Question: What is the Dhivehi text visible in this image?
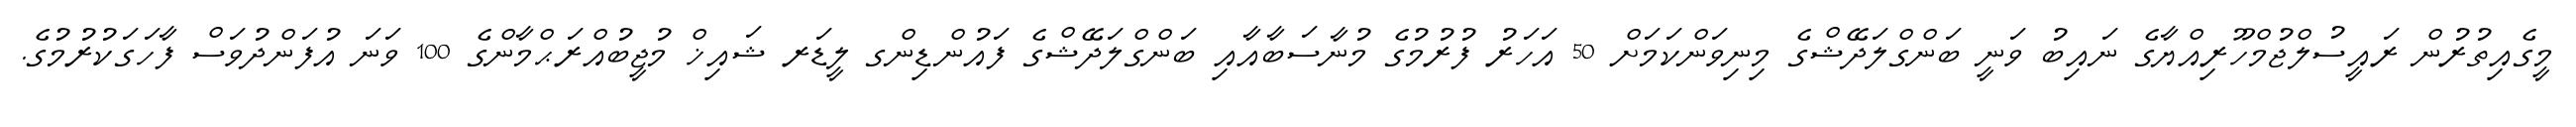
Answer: މީގެއިތުރުން ރައީސުލްޖުމްހޫރިއްޔާގެ ނައިބު ވަނީ ބަންގްލަދޭޝްގެ މިނިވަންކަމަށް 50 އަހަރު ފުރުމުގެ މުނާސަބާއާއި ބަންގްލަދޭޝްގެ ފައުންޑިންގ ލީޑަރ ޝައިޚް މުޖީބުއްރަޙްމާންގެ 100 ވަނަ އުފަންދުވަސް ފާހަގަކުރުމުގެ.